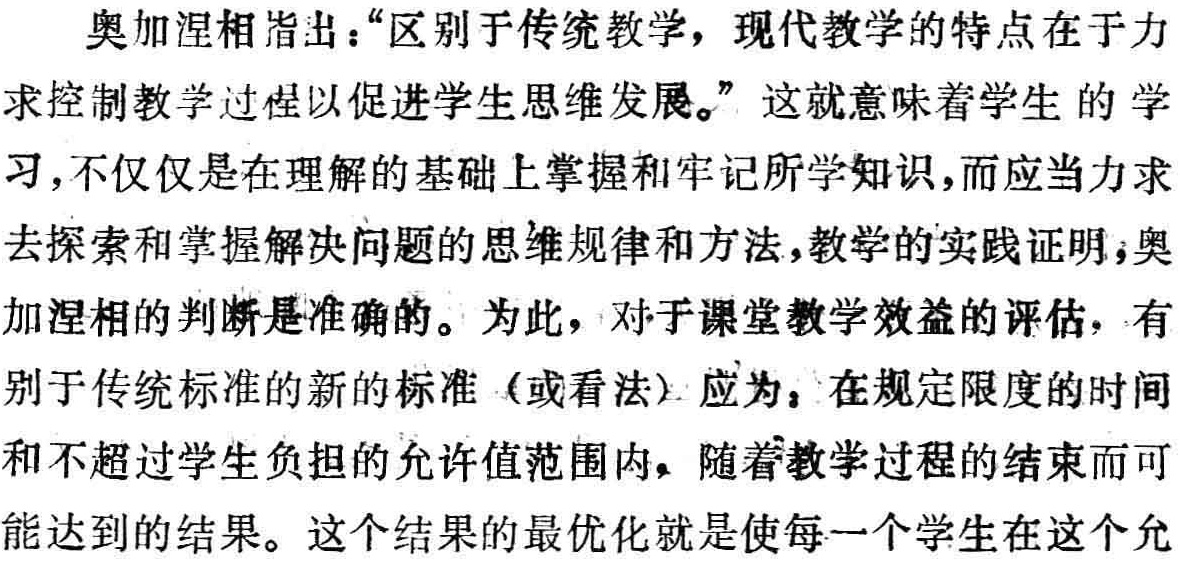
奥加涅相指出：“区别于传统教学，现代教学的特点在于力求控制教学过程以促进学生思维发展。”这就意味着学生的学习，不仅仅是在理解的基础上掌握和牢记所学知识，而应当力求去探索和掌握解决问题的思维规律和方法，教学的实践证明，奥加涅相的判断是准确的。为此，对于课堂教学效益的评估，有别于传统标准的新的标准（或看法）应为：在规定限度的时间和不超过学生负担的允许值范围内，随着教学过程的结束而可能达到的结果。这个结果的最优化就是使每一个学生在这个允